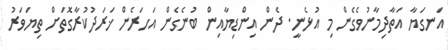
އަނގަޔާ އަތާދިމާނުވެގެން މި އުޅެނީ. ދެން އިންޑިޔާއިން ބުނެގެން އަހަރެން ޚަރަދުކުރާގޮތަށް ތިޔަވަރު